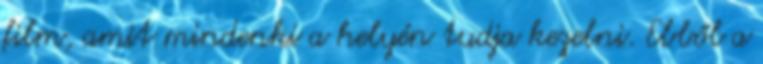
film, amit mindenki a helyén tudja kezelni. Ebből a